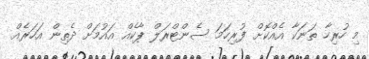
މި ހުރިހާ ތަނަކާ އެއްކޮށް ފުރިހަމަ ސެންޓްރަލް ޕާކެއް އައުމަށް ދެތިން އަހަރެއް